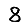
Digit: 8